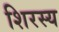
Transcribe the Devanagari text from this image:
शिरस्य